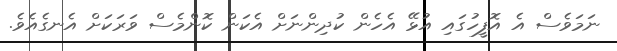
ނަމަވެސް އެ އޮފީހުގައި އުޅޭ އެހެން ކުދިންނަށް އެކަން ކޮންމެސް ވަރަކަށް އެނގެއެވެ.